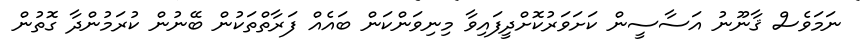
ނަމަވެސް ޤާނޫނު އަސާސީން ކަށަވަރުކޮށްދީފައިވާ މިނިވަންކަން ބައެއް ފަރާތްތަކުން ބޭނުން ކުރަމުންދާ ގޮތުން